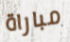
مباراة